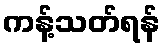
ကန့်သတ်ရန်